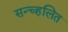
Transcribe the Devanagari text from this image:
सन्च्हलित